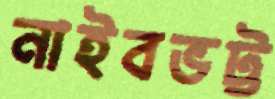
নাইবভট্ট